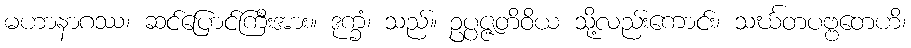
မဟာနာဂဿ၊ ဆင်ပြောင်ကြီးအား။ ဒုက္ခံ၊ သည်။ ဥပ္ပဇ္ဇတိဝိယ သို့လည်းကောင်း၊ သင်္ဃတပဗ္ဗတေဟိ၊